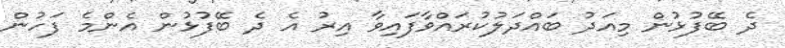
ދެ ބޭފުޅުން މިއަދު ބައްދަލުކުރައްވާފައިވާ އިރު އެ ދެ ބޭފުޅުން އެންމެ ފަހުން